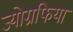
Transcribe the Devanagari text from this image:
ज्योग्रफिया